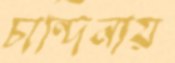
চান্দিনায়